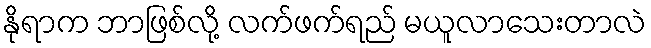
နိုရာက ဘာဖြစ်လို့ လက်ဖက်ရည် မယူလာသေးတာလဲ